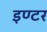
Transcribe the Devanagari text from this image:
इण्‍टर